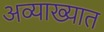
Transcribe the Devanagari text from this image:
अव्याख्यात